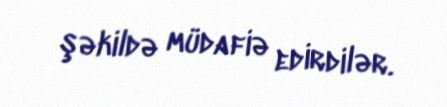
şəkildə müdafiə edirdilər.